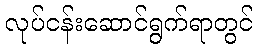
လုပ်ငန်းဆောင်ရွက်ရာတွင်